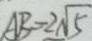
A B = 2 \sqrt { 5 }